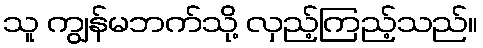
သူ ကျွန်မဘက်သို့ လှည့်ကြည့်သည်။